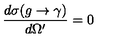
\frac { d \sigma ( g \rightarrow \gamma ) } { d \Omega ^ { \prime } } = 0